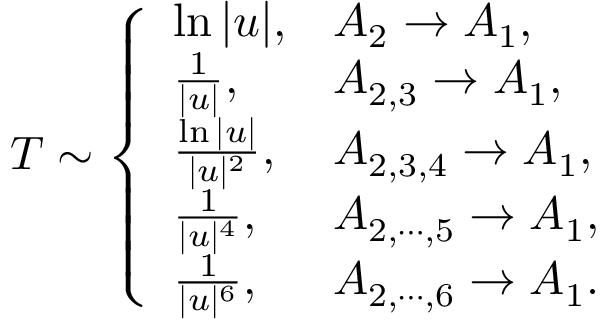
T \sim \left\{ \begin{array} { l l } { { \ln | u | , } } & { { A _ { 2 } \to A _ { 1 } , } } \\ { { { \frac { 1 } { | u | } } , } } & { { A _ { 2 , 3 } \to A _ { 1 } , } } \\ { { { \frac { \ln | u | } { | u | ^ { 2 } } } , } } & { { A _ { 2 , 3 , 4 } \to A _ { 1 } , } } \\ { { { \frac { 1 } { | u | ^ { 4 } } } , } } & { { A _ { 2 , \cdots , 5 } \to A _ { 1 } , } } \\ { { { \frac { 1 } { | u | ^ { 6 } } } , } } & { { A _ { 2 , \cdots , 6 } \to A _ { 1 } . } } \end{array} \right.